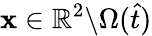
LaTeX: \boldsymbol{\mathbf{x}}\in\mathbb{{R}}^{2}\backslash\Omega(\hat{{t}})